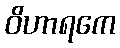
ဝိဟာရကေ